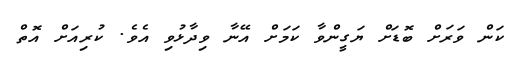
ކަން ވަރަށް ބޮޑަށް ޔަގީންވާ ކަމަށް އޭނާ ވިދާޅުވި އެވެ. ކުރިއަށް އޮތް